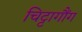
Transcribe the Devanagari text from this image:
चिट्टागौंग